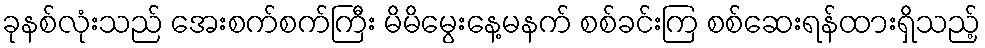
ခုနစ်လုံးသည် အေးစက်စက်ကြီး မိမိမွေးနေ့မနက် စစ်ခင်းကြ စစ်ဆေးရန်ထားရှိသည့်